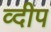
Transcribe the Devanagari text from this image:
व्दीप